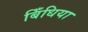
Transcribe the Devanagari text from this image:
बिँधिया